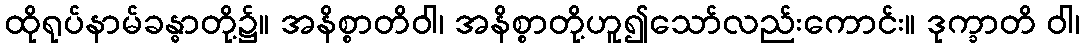
ထိုရုပ်နာမ်ခန္ဓာတို့၌။ အနိစ္စာတိဝါ၊ အနိစ္စာတို့ဟူ၍သော်လည်းကောင်း။ ဒုက္ခာတိ ဝါ၊